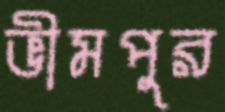
ভীমপুর